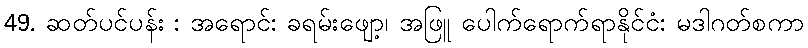
49. ဆတ်ပင်ပန်း : အရောင်: ခရမ်းဖျော့၊ အဖြူ ပေါက်ရောက်ရာနိုင်ငံ: မဒါဂတ်စကာ